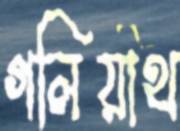
গলিয়াথ